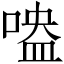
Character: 𠹃